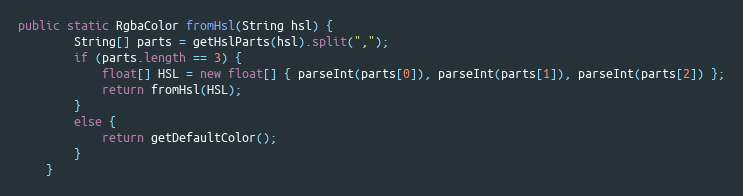
Language: Java
public static RgbaColor fromHsl(String hsl) {
        String[] parts = getHslParts(hsl).split(",");
        if (parts.length == 3) {
            float[] HSL = new float[] { parseInt(parts[0]), parseInt(parts[1]), parseInt(parts[2]) };
            return fromHsl(HSL);
        }
        else {
            return getDefaultColor();
        }
    }